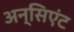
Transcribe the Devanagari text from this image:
अन्सिएंट